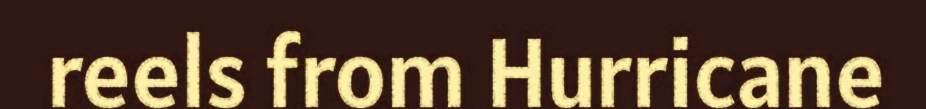
reels from Hurricane